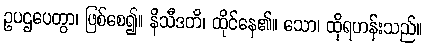
ဥပဌပေတွာ၊ ဖြစ်စေ၍။ နိသီဒတိ၊ ထိုင်နေ၏။ သော၊ ထိုရဟန်းသည်။